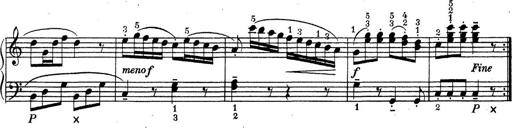
Title: ÄŒeskÃ© Sonatiny
Composer: Various